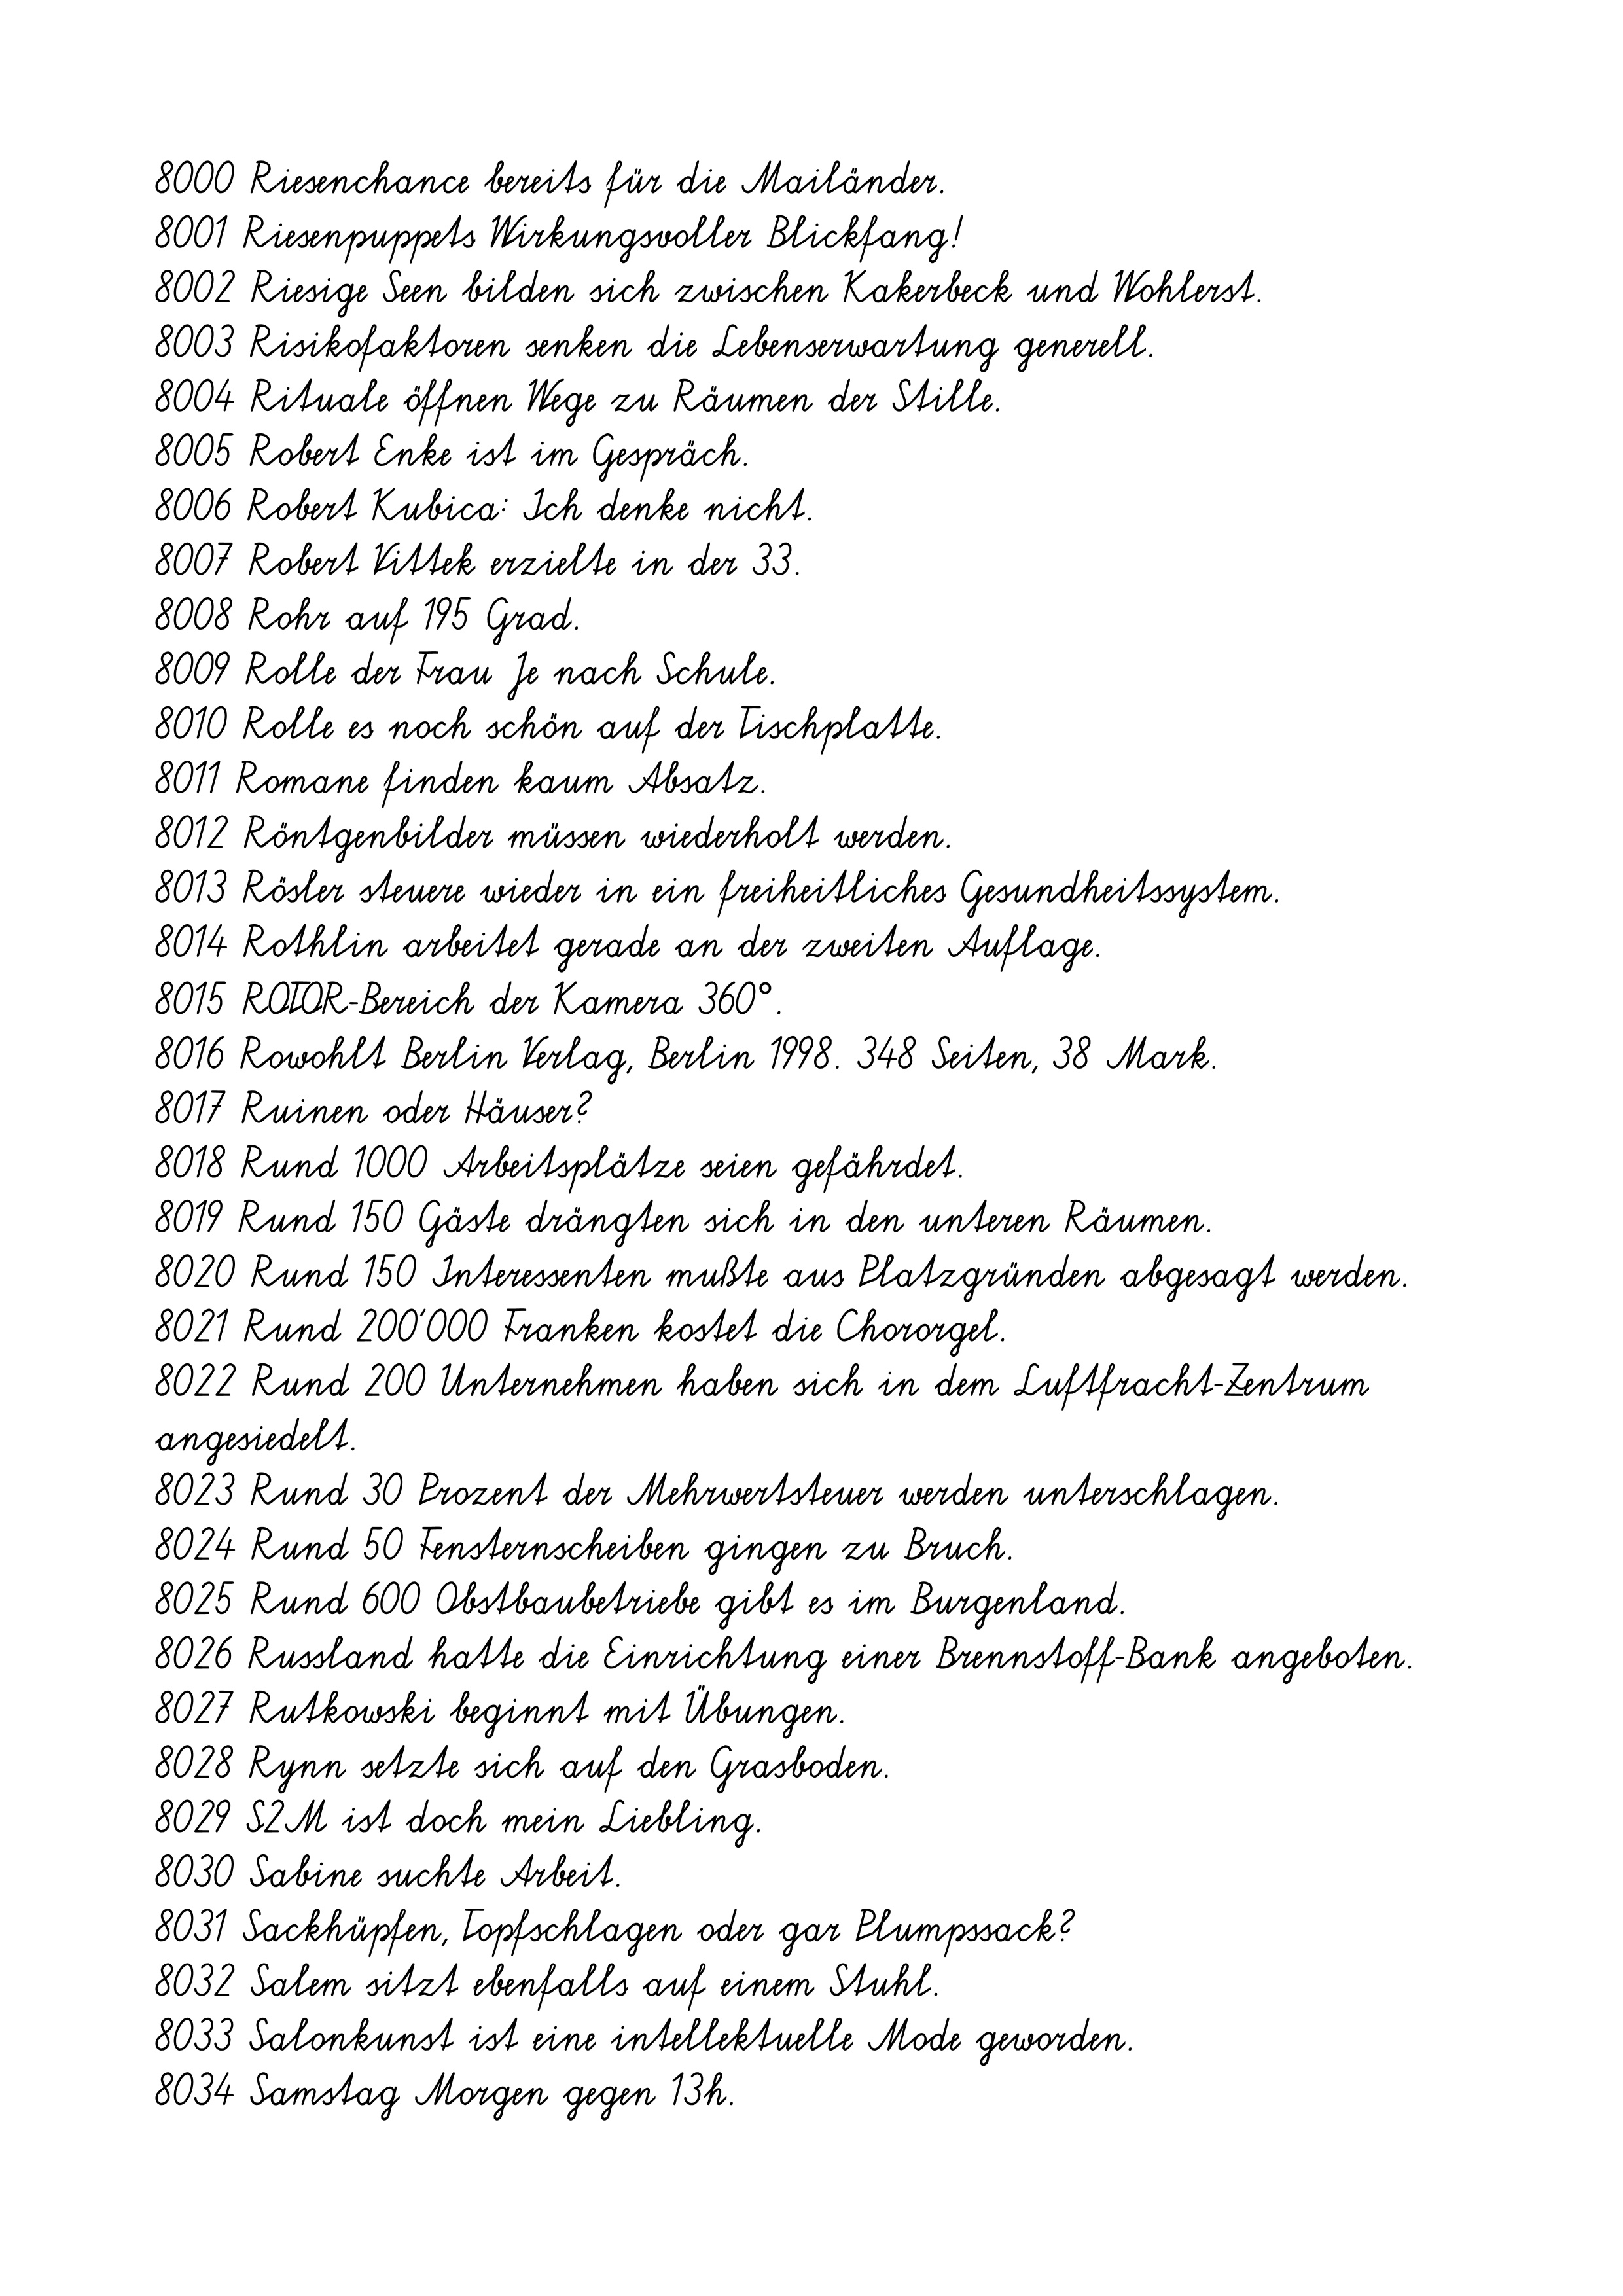
8000 Riesenchance bereits für die Mailänder.
8001 Riesenpuppets Wirkungsvoller Blickfang!
8002 Riesige Seen bilden sich zwischen Kakerbeck und Wohlerst.
8003 Risikofaktoren senken die Lebenserwartung generell.
8004 Rituale öffnen Wege zu Räumen der Stille.
8005 Robert Enke ist im Gespräch.
8006 Robert Kubica: Ich denke nicht.
8007 Robert Vittek erzielte in der 33.
8008 Rohr auf 195 Grad.
8009 Rolle der Frau Je nach Schule.
8010 Rolle es noch schön auf der Tischplatte.
8011 Romane finden kaum Absatz.
8012 Röntgenbilder müssen wiederholt werden.
8013 Rösler steuere wieder in ein freiheitliches Gesundheitssystem.
8014 Rothlin arbeitet gerade an der zweiten Auflage.
8015 ROTOR-Bereich der Kamera 360°.
8016 Rowohlt Berlin Verlag, Berlin 1998. 348 Seiten, 38 Mark.
8017 Ruinen oder Häuser?
8018 Rund 1000 Arbeitsplätze seien gefährdet.
8019 Rund 150 Gäste drängten sich in den unteren Räumen.
8020 Rund 150 Interessenten mußte aus Platzgründen abgesagt werden.
8021 Rund 200´000 Franken kostet die Chororgel.
8022 Rund 200 Unternehmen haben sich in dem Luftfracht-Zentrum
angesiedelt.
8023 Rund 30 Prozent der Mehrwertsteuer werden unterschlagen.
8024 Rund 50 Fensternscheiben gingen zu Bruch.
8025 Rund 600 Obstbaubetriebe gibt es im Burgenland.
8026 Russland hatte die Einrichtung einer Brennstoff-Bank angeboten.
8027 Rutkowski beginnt mit Übungen.
8028 Rynn setzte sich auf den Grasboden.
8029 S2M ist doch mein Liebling.
8030 Sabine suchte Arbeit.
8031 Sackhüpfen, Topfschlagen oder gar Plumpssack?
8032 Salem sitzt ebenfalls auf einem Stuhl.
8033 Salonkunst ist eine intellektuelle Mode geworden.
8034 Samstag Morgen gegen 13h.